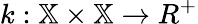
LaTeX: k:\mathbb{X}\times\mathbb{X}\rightarrow R^{+}